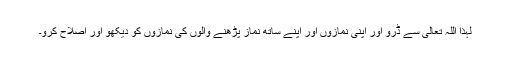
لہٰذا اللہ تعالیٰ سے ڈرو اور اپنی نمازوں اور اپنے ساتھ نماز پڑھنے والوں کی نمازوں کو دیکھو اور اصلاح کرو۔